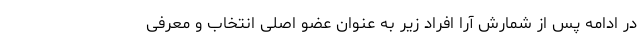
در ادامه پس از شمارش آرا افراد زیر به عنوان عضو اصلی انتخاب و معرفی